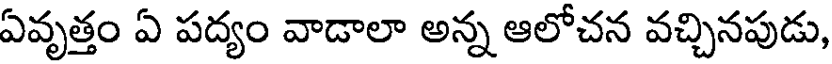
ఏవృత్తం ఏ పద్యం వాడాలా అన్న ఆలోచన వచ్చినపుడు,